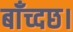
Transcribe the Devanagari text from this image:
बाँच्दछ।